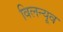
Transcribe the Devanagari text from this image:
विलन्यूव